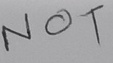
Text: NOT